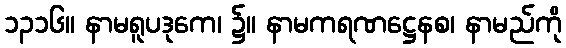
၁၃၁၆။ နာမရူပဒုကေ၊ ၌။ နာမကရဏဋ္ဌေနစ၊ နာမည်ကို